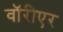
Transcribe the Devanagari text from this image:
वॉरीएर